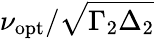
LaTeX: \nu_{\mathrm{opt}}/\sqrt{\Gamma_{2}\Delta_{2}}